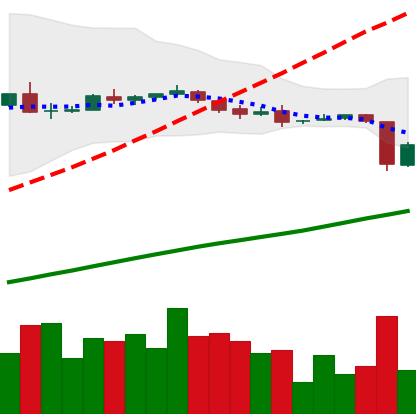
Ticker: DOGE-USD
Chart end date: 2018-10-12
Forward return: -12.35%
Label: down_7plus